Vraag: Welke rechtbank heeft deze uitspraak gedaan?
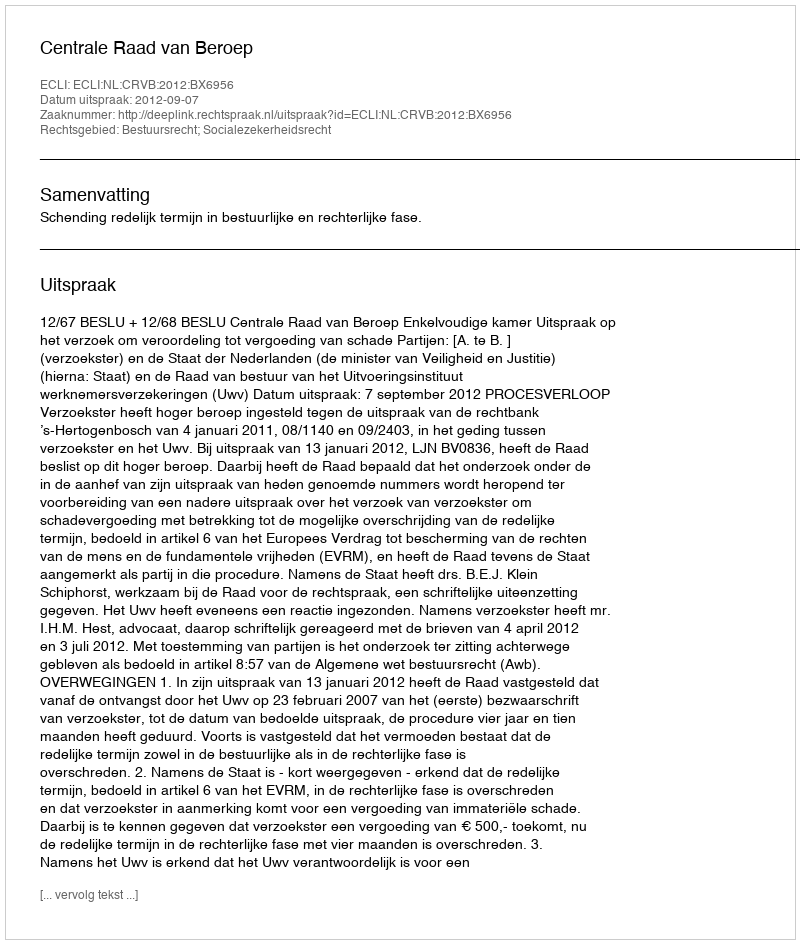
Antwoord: Centrale Raad van Beroep